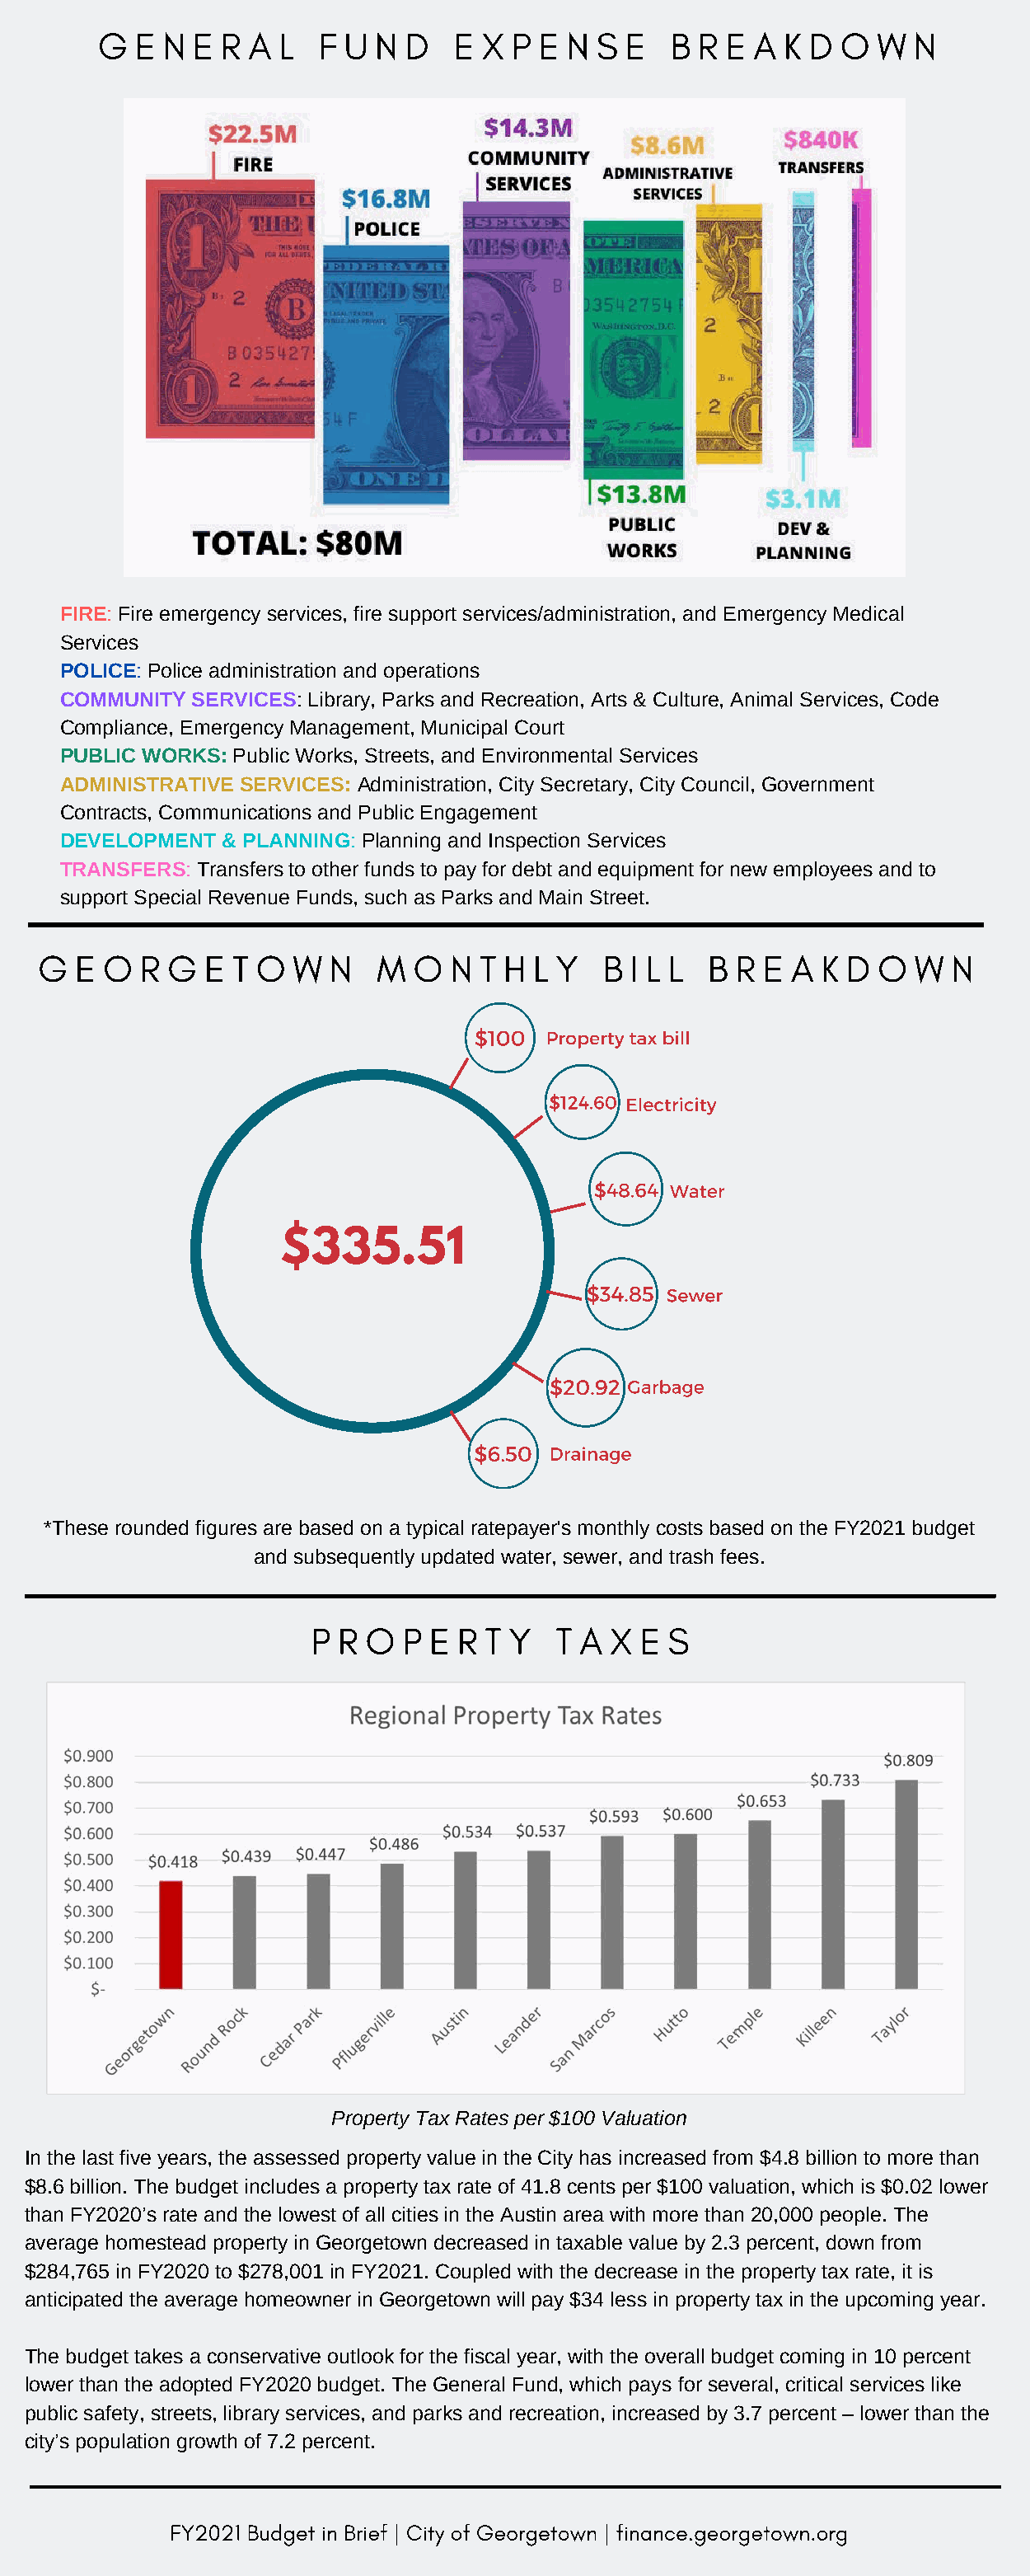
G  E N E  R A L   F U N  D  E  X P E  N S E   B R E  A K D  O W  N
 FIRE: Fire emergency services, fire support services/administration, and Emergency Medical
 Services
 POLICE: Police administration and operations
 COMMUNITY SERVICES: Library, Parks and Recreation, Arts & Culture, Animal Services, Code
 Compliance, Emergency Management, Municipal Court
 PUBLIC WORKS: Public Works, Streets, and Environmental Services
 ADMINISTRATIVE SERVICES: Administration, City Secretary, City Council, Government
 Contracts, Communications and Public Engagement
 DEVELOPMENT  & PLANNING: Planning and Inspection Services
 TRANSFERS: Transfers to other funds to pay for debt and equipment for new employees and to
 support Special Revenue Funds, such as Parks and Main Street.
 G  E O  R G  E  T O  W N   M  O  N  T H L Y  B  I L L B R E  A K D  O W  N
 $100  Property tax bill
 $124.60 Electricity
 $48.64 Water
 $335.51
 $34.85 Sewer
 $20.92 Garbage
 $6.50 Drainage
 *These rounded figures are based on a typical ratepayer's monthly costs based on the FY2021 budget
 and subsequently updated water, sewer, and trash fees.
 P R O  P E  R T Y   T A X E  S
 Property Tax Rates per $100 Valuation
 In the last five years, the assessed property value in the City has increased from $4.8 billion to more than
 $8.6 billion. The budget includes a property tax rate of 41.8 cents per $100 valuation, which is $0.02 lower
 than FY2020’s rate and the lowest of all cities in the Austin area with more than 20,000 people. The
 average homestead property in Georgetown decreased in taxable value by 2.3 percent, down from
 $284,765 in FY2020 to $278,001 in FY2021. Coupled with the decrease in the property tax rate, it is
 anticipated the average homeowner in Georgetown will pay $34 less in property tax in the upcoming year.
 The budget takes a conservative outlook for the fiscal year, with the overall budget coming in 10 percent
 lower than the adopted FY2020 budget. The General Fund, which pays for several, critical services like
 public safety, streets, library services, and parks and recreation, increased by 3.7 percent – lower than the
 city’s population growth of 7.2 percent.
 FY2021 Budget in Brief | City of Georgetown | finance.georgetown.org